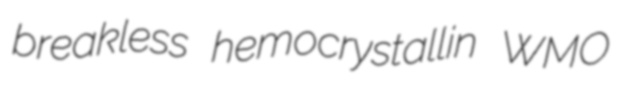
breakless hemocrystallin WMO